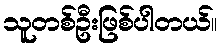
သူတစ်ဦးဖြစ်ပါတယ်။